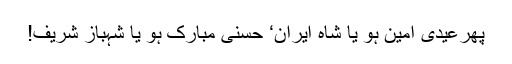
پھرعیدی امین ہو یا شاہ ایران‘ حسنی مبارک ہو یا شہباز شریف!